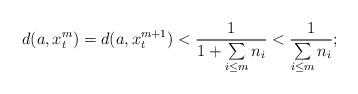
LaTeX: \begin{align*}d(a,x_t^{m})=d(a,x_t^{m+1})<\frac{1}{1+\sum\limits_{i\le m} n_i}<\frac{1}{\sum\limits_{i\le m} n_i};\end{align*}